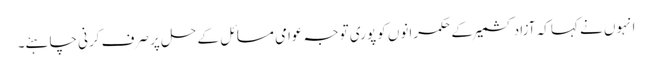
انہوں نے کہا کہ آزاد کشمیر کے حکمرانوں کو پوری توجہ عوامی مسائل کے حل پر صرف کرنی چاہئے۔